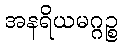
အနရိယမဂ္ဂဉ္စ